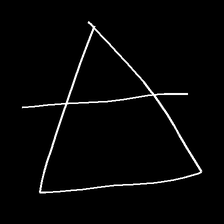
Glyph: empower